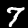
Label: 7